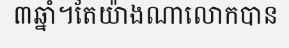
៣ឆ្នាំ។តែយ៉ាងណាលោកបាន